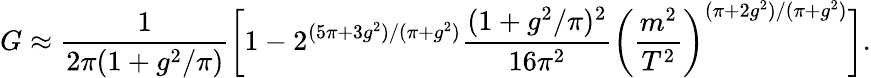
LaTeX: G\approx\frac{1}{2\pi(1+g^{2}/\pi)}\bigg[1-2^{(5\pi+3g^{2})/(\pi+g^{2})}\frac{(1+g^{2}/\pi)^{2}}{16\pi^{2}}\bigg(\frac{m^{2}}{T^{2}}\bigg)^{(\pi+2g^{2})/(\pi+g^{2})}\bigg].